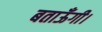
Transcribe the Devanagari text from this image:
बताऊँगी।